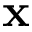
{ \bf x }